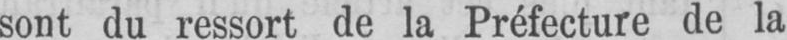
sont du ressort de la Préfecture de la